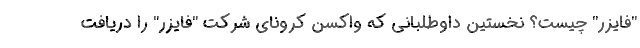
"فایزر" چیست؟ نخستین داوطلبانی که واکسن کرونای شرکت "فایزر" را دریافت